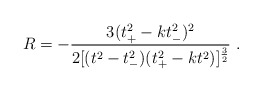
\begin{align*}R = - \frac{3(t_+^2 - k t_-^2)^2}{2 [ (t^2 -t_-^2)(t_+^2 - kt^2)]^{\frac{3}{2}}} \ .\end{align*}